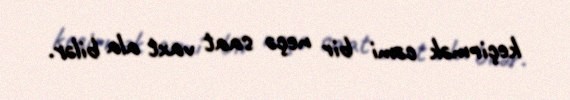
keçirmək cəmi bir neçə saat vaxt ala bilər.